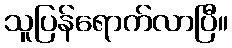
သူပြန်ရောက်လာပြီ။